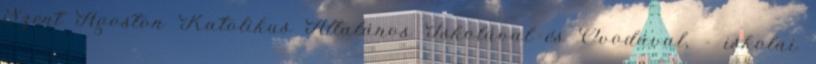
Szent Ágoston Katolikus Általános Iskolával és Óvodával, - iskolai